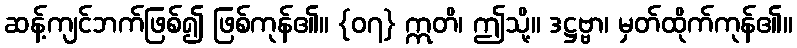
ဆန့်ကျင်ဘက်ဖြစ်၍ ဖြစ်ကုန်၏။ {၀၇} ဣတိ၊ ဤသို့။ ဒဋ္ဌဗ္ဗာ၊ မှတ်ထိုက်ကုန်၏။